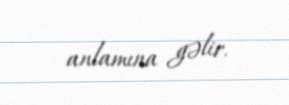
anlamına gəlir.